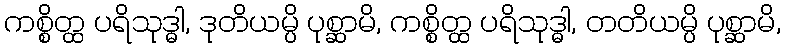
ကစ္စိတ္ထ ပရိသုဒ္ဓါ, ဒုတိယမ္ပိ ပုစ္ဆာမိ, ကစ္စိတ္ထ ပရိသုဒ္ဓါ, တတိယမ္ပိ ပုစ္ဆာမိ,